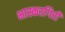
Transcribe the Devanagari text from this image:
भास्करगिरी